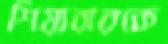
শিয়ারারকে